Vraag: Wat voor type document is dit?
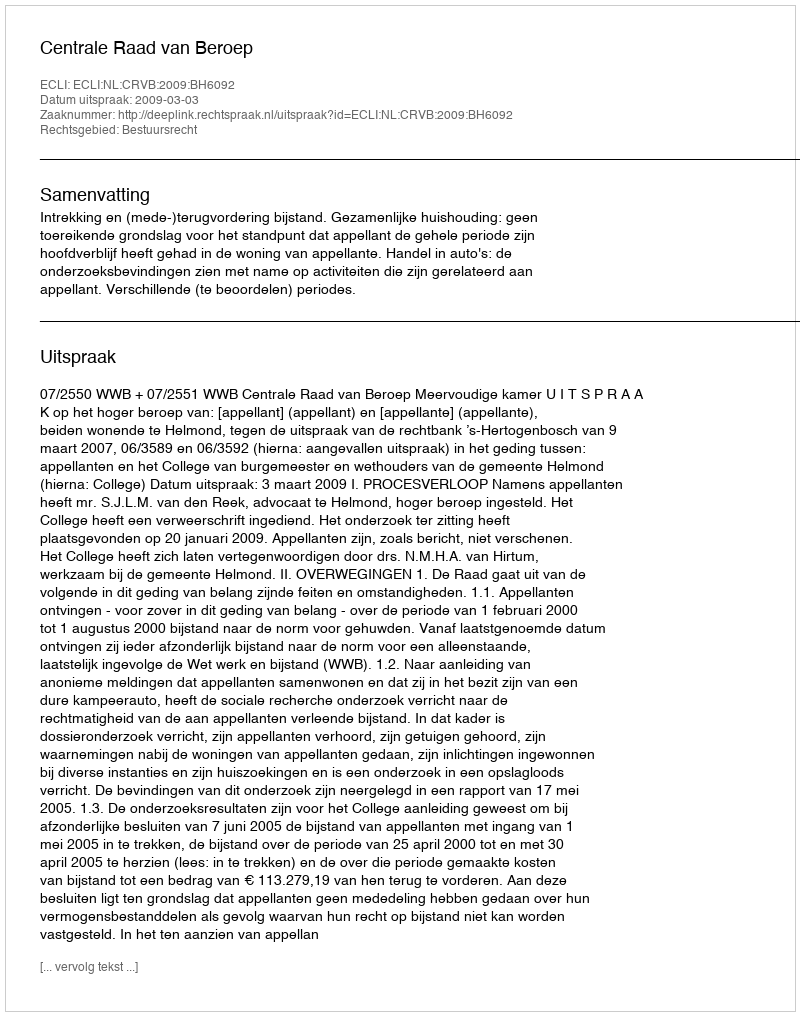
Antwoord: Uitspraak